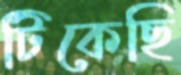
টিকেছি